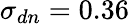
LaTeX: \sigma_{dn}=0.36